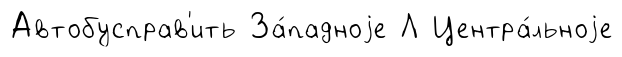
Автобусправ'ить За́падноjе Л Центра́льноjе